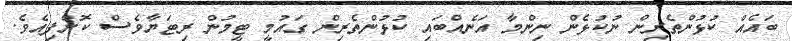
ބައެއް ކުޅުންތެރިން ނުކުޅެން ނިންމާ އަނެއްބައި ކުޅުންތެރިން ގައުމީ ޓީމުން ރިޓަޔާވެސް ކޮށްފިއެވެ.